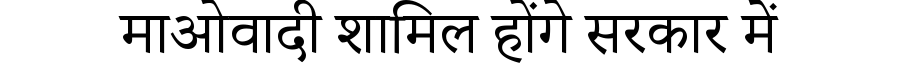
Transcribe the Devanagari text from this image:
माओवादी शामिल होंगे सरकार में